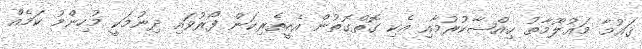
ޤައުމާ މަޢުލޫމާތު ޙިއްޞާކުރުމާއި އެކި ގޮތްގޮތުން އެހީތެރިކަން ފޯރުވައި ދިނުމަކީ މުހިންމު ކަމެއް